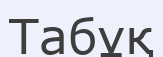
Табұқ